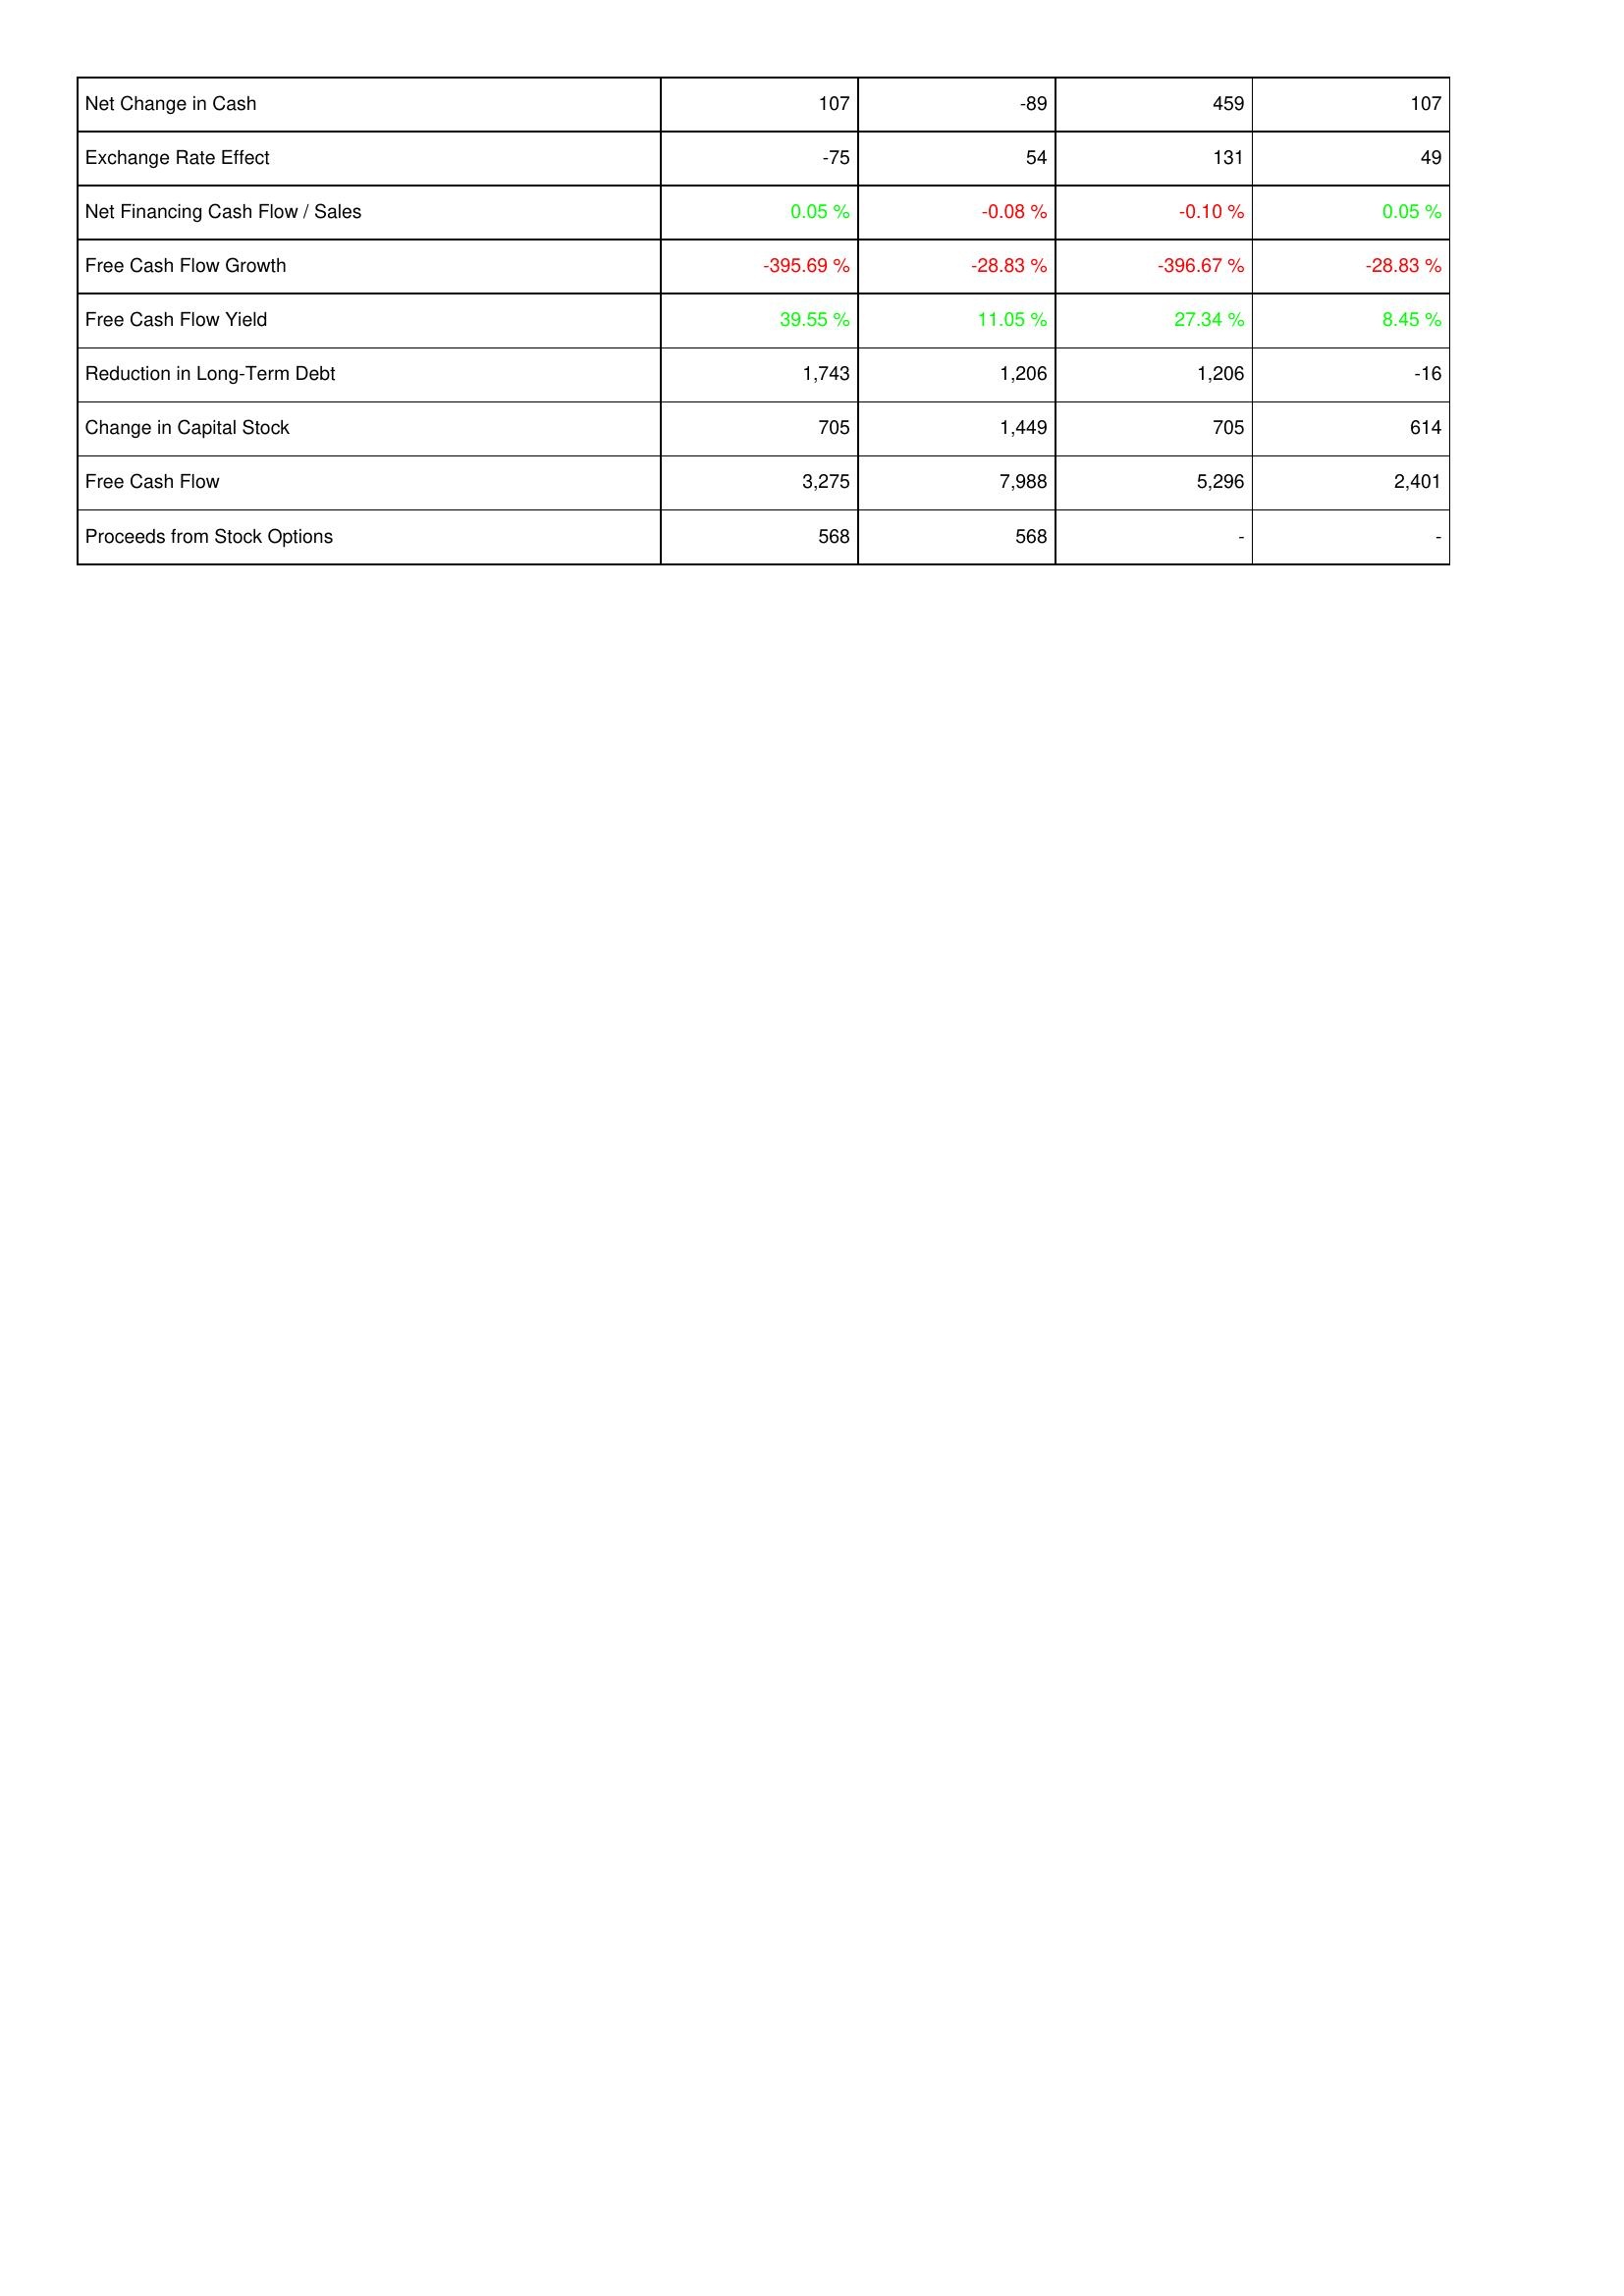
2023: Financing Activities: Net Change in Cash: 107
Exchange Rate Effect: -75
Net Financing Cash Flow / Sales: 0.05 %
Free Cash Flow Growth: -395.69 %
Free Cash Flow Yield: 39.55 %
Reduction in Long-Term Debt: 1,743
Change in Capital Stock: 705
Free Cash Flow: 3,275
Proceeds from Stock Options: 568
2022: Financing Activities: Net Change in Cash: -89
Exchange Rate Effect: 54
Net Financing Cash Flow / Sales: -0.08 %
Free Cash Flow Growth: -28.83 %
Free Cash Flow Yield: 11.05 %
Reduction in Long-Term Debt: 1,206
Change in Capital Stock: 1,449
Free Cash Flow: 7,988
Proceeds from Stock Options: 568
2021: Financing Activities: Net Change in Cash: 459
Exchange Rate Effect: 131
Net Financing Cash Flow / Sales: -0.10 %
Free Cash Flow Growth: -396.67 %
Free Cash Flow Yield: 27.34 %
Reduction in Long-Term Debt: 1,206
Change in Capital Stock: 705
Free Cash Flow: 5,296
Proceeds from Stock Options: -
2020: Financing Activities: Net Change in Cash: 107
Exchange Rate Effect: 49
Net Financing Cash Flow / Sales: 0.05 %
Free Cash Flow Growth: -28.83 %
Free Cash Flow Yield: 8.45 %
Reduction in Long-Term Debt: -16
Change in Capital Stock: 614
Free Cash Flow: 2,401
Proceeds from Stock Options: -